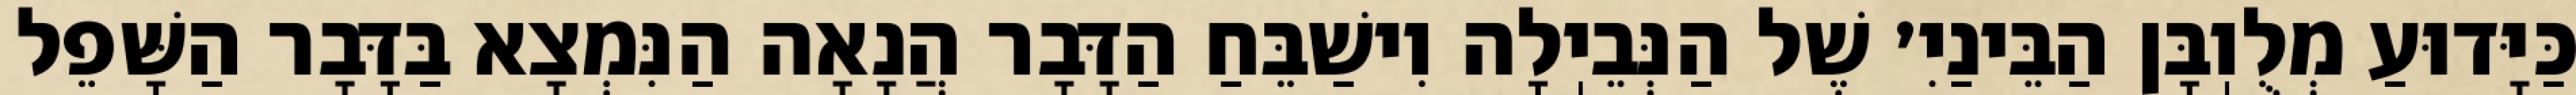
כַּיָּדוּעַ מְלֻוֽבָּן הַבֵּינַיִ׳ שֶׁל הַנְּבֵיֽלָה וִישַׁבֵּחַ הַדָּבָר הֲנָאָה הַנִּמְצָא בַּדָּבָר הַשָּׁפֵל